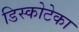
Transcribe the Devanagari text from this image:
डिस्कोटेका